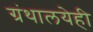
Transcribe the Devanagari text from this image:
ग्रंथालयेही